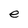
Character: e